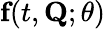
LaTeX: {\textbf{f}}(t,\textbf{Q};\theta)